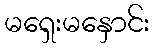
မရှေးမနှောင်း